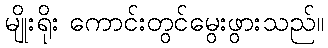
မျိုးရိုး ကောင်းတွင်မွေးဖွားသည်။